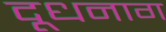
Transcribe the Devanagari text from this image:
दूधनाग